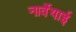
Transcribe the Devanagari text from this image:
नार्वेयाई